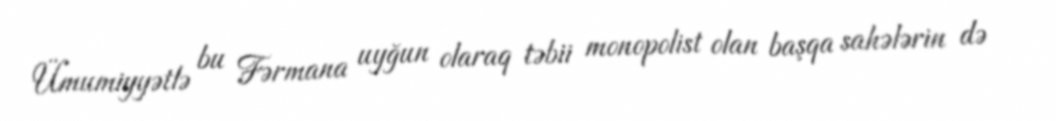
Ümumiyyətlə bu Fərmana uyğun olaraq təbii monopolist olan başqa sahələrin də